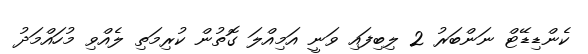
ކެންޑިޑޭޓް ނަންބަރު 2 ލިބިފައި ވަނީ އަމިއްލަ ގޮތުން ކުރިމަތި ލެއްވި މުހައްމަދު